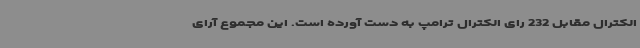
الکترال مقابل 232 رای الکترال ترامپ به دست آورده است. این مجموع آرای